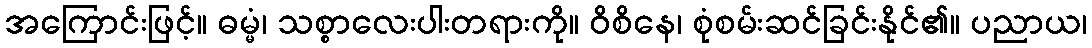
အကြောင်းဖြင့်။ ဓမ္မံ၊ သစ္စာလေးပါးတရားကို။ ဝိစိနေ၊ စုံစမ်းဆင်ခြင်းနိုင်၏။ ပညာယ၊